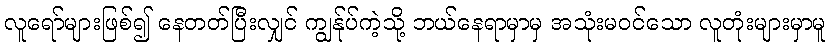
လူရော်များဖြစ်၍ နေတတ်ပြီးလျှင် ကျွန်ုပ်ကဲ့သို့ ဘယ်နေရာမှာမှ အသုံးမဝင်သော လူတုံးများမှာမူ